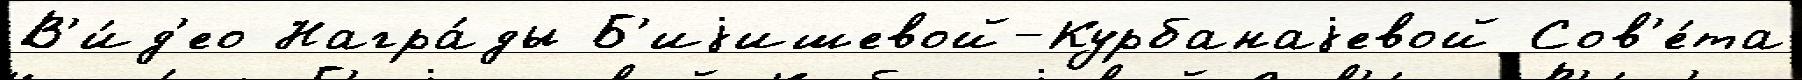
В'и́д'ео Награ́ды Б'иjишевой-Курбанаjевой Сов'е́та